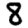
Digit: 8